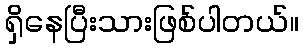
ရှိနေပြီးသားဖြစ်ပါတယ်။